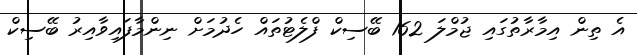
އެ ތިން އިމާރާތުގައި ޖުމްލަ 162 ބޭސިކް ފްލެޓުތައް ހެދުމަށް ނިންމާފައިވާއިރު ބޭސިކް